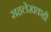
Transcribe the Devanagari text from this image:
सहलेखकही